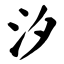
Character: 汐